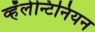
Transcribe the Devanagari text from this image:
व्हॅलेन्टिनियन